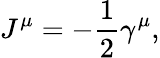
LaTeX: J^{\mu}=-\frac{1}{2}\gamma^{\mu},